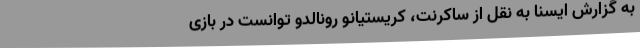
به گزارش ایسنا به نقل از ساکرنت، کریستیانو رونالدو توانست در بازی